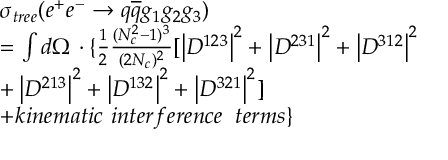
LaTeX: \begin{array} { l } { { \sigma _ { t r e e } ( e ^ { + } e ^ { - } \rightarrow q \overline { { { q } } } g _ { 1 } g _ { 2 } g _ { 3 } ) } } \\ { { = \int d \Omega \, \cdot \{ \frac 1 2 \frac { ( N _ { c } ^ { 2 } - 1 ) ^ { 3 } } { ( 2 N _ { c } ) ^ { 2 } } [ \left| D ^ { 1 2 3 } \right| ^ { 2 } + \left| D ^ { 2 3 1 } \right| ^ { 2 } + \left| D ^ { 3 1 2 } \right| ^ { 2 } } } \\ { { + \left| D ^ { 2 1 3 } \right| ^ { 2 } + \left| D ^ { 1 3 2 } \right| ^ { 2 } + \left| D ^ { 3 2 1 } \right| ^ { 2 } ] } } \\ { { + k i n e m a t i c \, \, i n t e r f e r e n c e \; \; t e r m s \} } } \end{array}